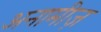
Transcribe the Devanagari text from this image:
अनामीज़